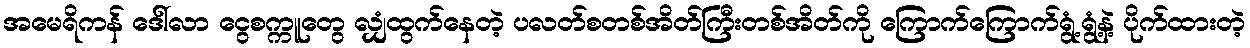
အမေရိကန် ဒေါ်လာ ငွေစက္ကူတွေ လျှံထွက်နေတဲ့ ပလတ်စတစ်အိတ်ကြီးတစ်အိတ်ကို ကြောက်ကြောက်ရွံ့ရွံ့နဲ့ ပိုက်ထားတဲ့